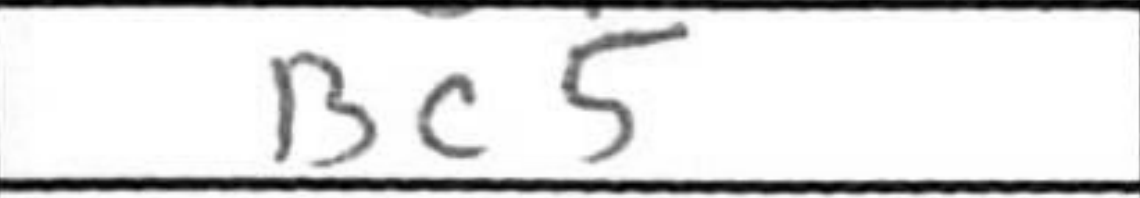
Transcription: Bc5